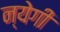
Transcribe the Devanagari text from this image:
न्येगी